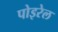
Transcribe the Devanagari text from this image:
पोइरेल